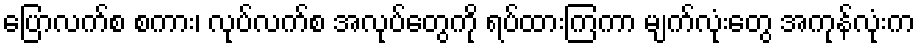
ပြောလက်စ စကား၊ လုပ်လက်စ အလုပ်တွေကို ရပ်ထားကြကာ မျက်လုံးတွေ အကုန်လုံးက